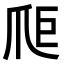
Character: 𤔋